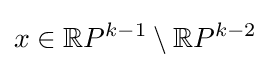
x\in \mathbb {R} P^{k-1}\setminus \mathbb {R} P^{k-2}